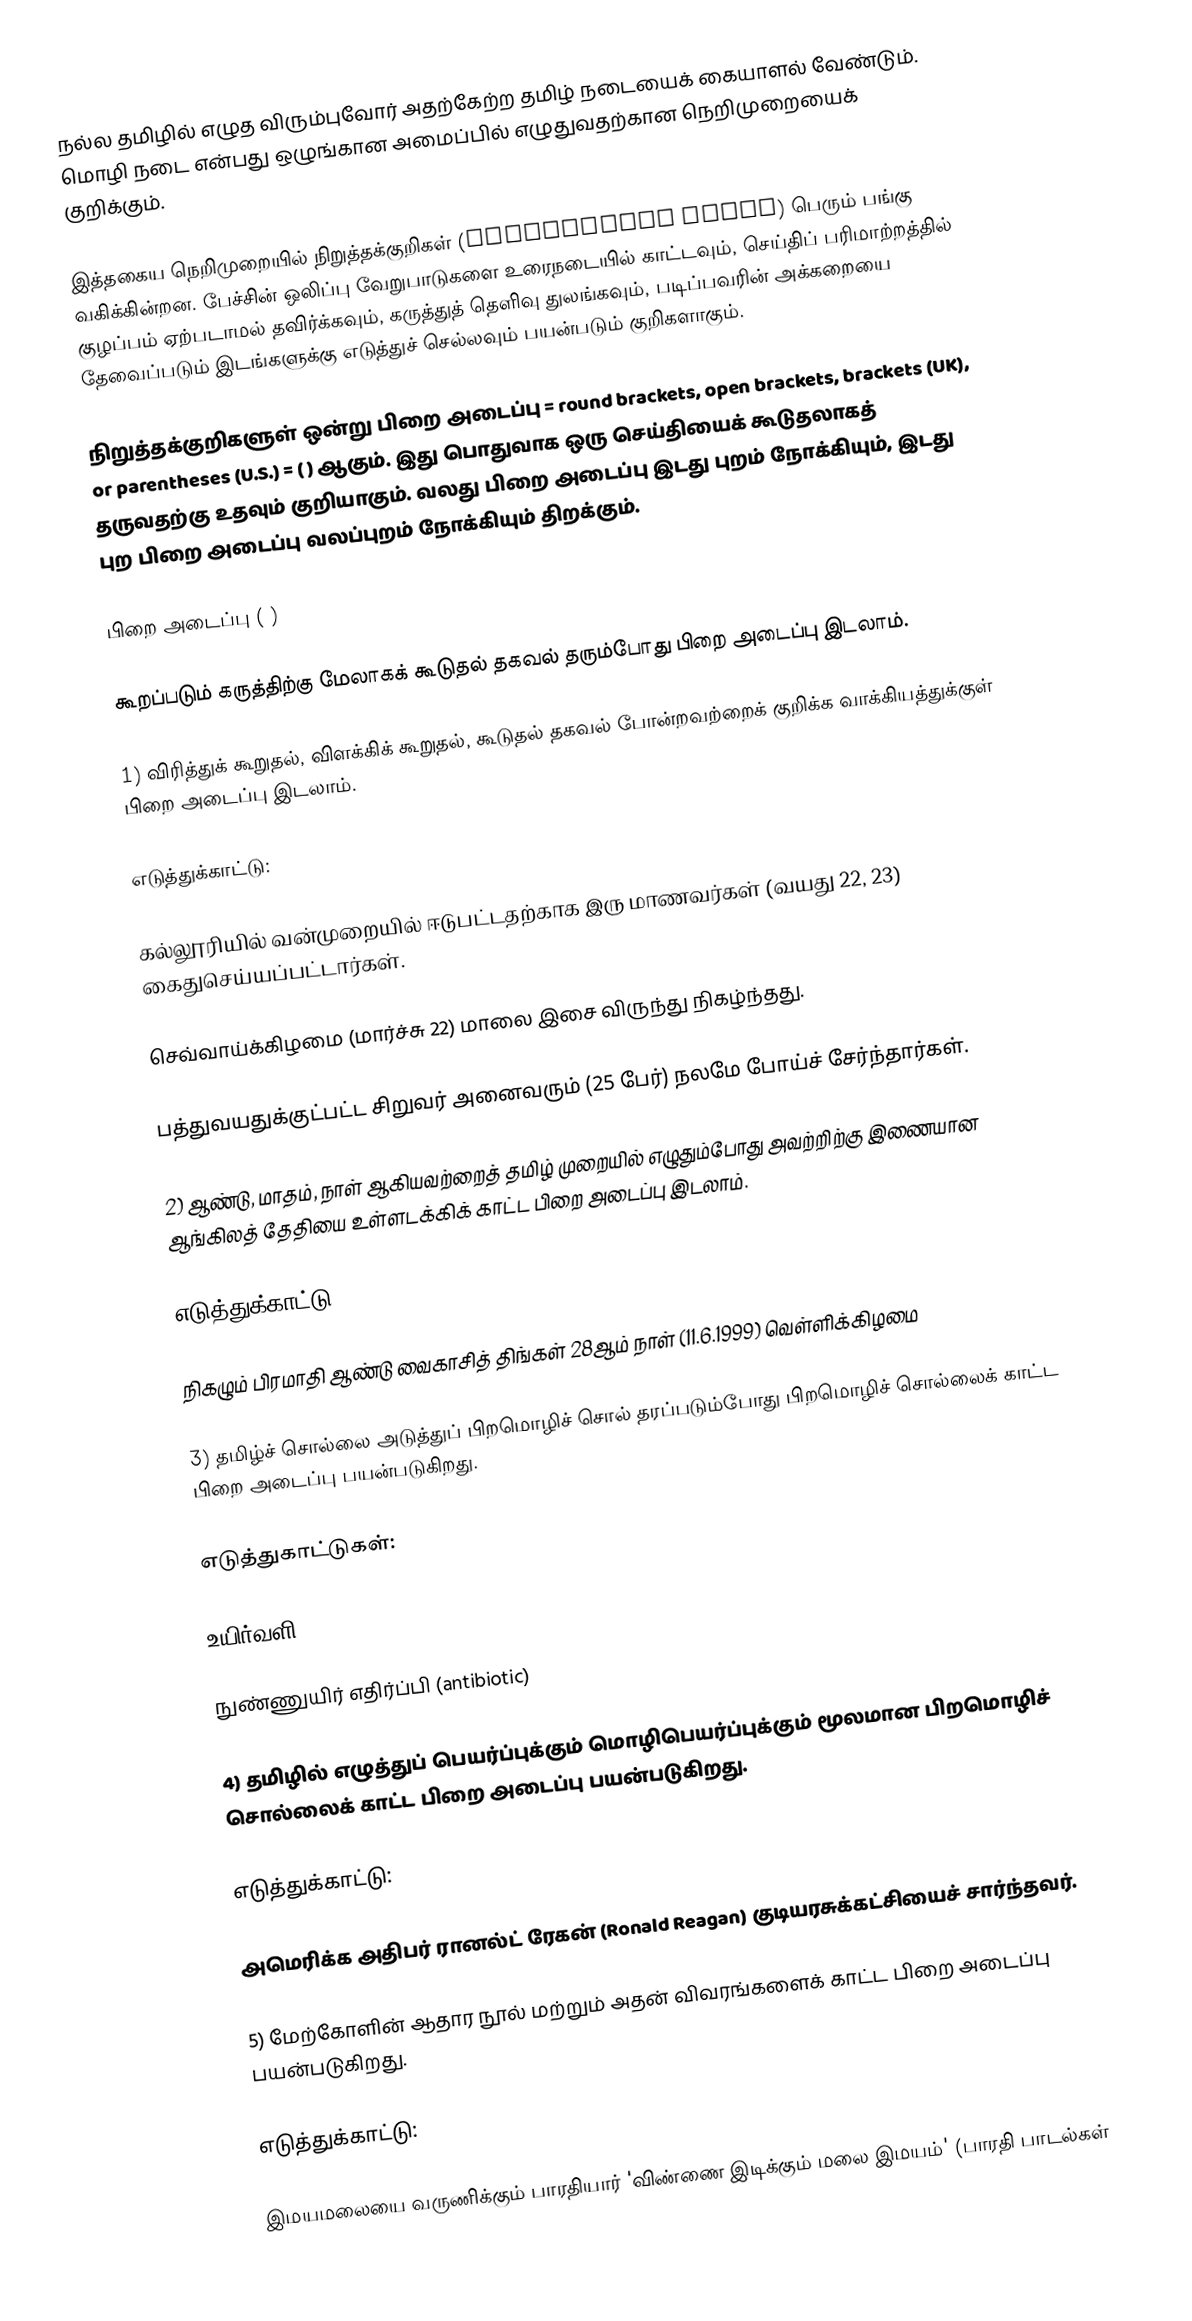
நல்ல தமிழில் எழுத விரும்புவோர் அதற்கேற்ற தமிழ் நடையைக் கையாளல் வேண்டும். மொழி நடை என்பது ஒழுங்கான அமைப்பில் எழுதுவதற்கான நெறிமுறையைக் குறிக்கும்.

இத்தகைய நெறிமுறையில் நிறுத்தக்குறிகள் (punctuation marks) பெரும் பங்கு வகிக்கின்றன. பேச்சின் ஒலிப்பு வேறுபாடுகளை உரைநடையில் காட்டவும், செய்திப் பரிமாற்றத்தில் குழப்பம் ஏற்படாமல் தவிர்க்கவும், கருத்துத் தெளிவு துலங்கவும், படிப்பவரின் அக்கறையை தேவைப்படும் இடங்களுக்கு எடுத்துச் செல்லவும் பயன்படும் குறிகளாகும்.

நிறுத்தக்குறிகளுள் ஒன்று பிறை அடைப்பு = round brackets, open brackets, brackets (UK), or parentheses (U.S.) = ( ) ஆகும். இது பொதுவாக ஒரு செய்தியைக் கூடுதலாகத் தருவதற்கு உதவும் குறியாகும். வலது பிறை அடைப்பு இடது புறம் நோக்கியும், இடது புற பிறை அடைப்பு வலப்புறம் நோக்கியும் திறக்கும்.

பிறை அடைப்பு ( )

கூறப்படும் கருத்திற்கு மேலாகக் கூடுதல் தகவல் தரும்போது பிறை அடைப்பு இடலாம்.

1) விரித்துக் கூறுதல், விளக்கிக் கூறுதல், கூடுதல் தகவல் போன்றவற்றைக் குறிக்க வாக்கியத்துக்குள் பிறை அடைப்பு இடலாம்.

எடுத்துக்காட்டு:

கல்லூரியில் வன்முறையில் ஈடுபட்டதற்காக இரு மாணவர்கள் (வயது 22, 23) கைதுசெய்யப்பட்டார்கள்.

செவ்வாய்க்கிழமை (மார்ச்சு 22) மாலை இசை விருந்து நிகழ்ந்தது.

பத்துவயதுக்குட்பட்ட சிறுவர் அனைவரும் (25 பேர்) நலமே போய்ச் சேர்ந்தார்கள்.

2) ஆண்டு, மாதம், நாள் ஆகியவற்றைத் தமிழ் முறையில் எழுதும்போது அவற்றிற்கு இணையான ஆங்கிலத் தேதியை உள்ளடக்கிக் காட்ட பிறை அடைப்பு இடலாம்.

எடுத்துக்காட்டு:

நிகழும் பிரமாதி ஆண்டு வைகாசித் திங்கள் 28ஆம் நாள் (11.6.1999) வெள்ளிக்கிழமை

3) தமிழ்ச் சொல்லை அடுத்துப் பிறமொழிச் சொல் தரப்படும்போது பிறமொழிச் சொல்லைக் காட்ட பிறை அடைப்பு பயன்படுகிறது.

எடுத்துகாட்டுகள்:

உயிர்வளி (oxygen)

நுண்ணுயிர் எதிர்ப்பி (antibiotic)

4) தமிழில் எழுத்துப் பெயர்ப்புக்கும் மொழிபெயர்ப்புக்கும் மூலமான பிறமொழிச் சொல்லைக் காட்ட பிறை அடைப்பு பயன்படுகிறது.

எடுத்துக்காட்டு:

அமெரிக்க அதிபர் ரானல்ட் ரேகன் (Ronald Reagan) குடியரசுக்கட்சியைச் சார்ந்தவர்.

5) மேற்கோளின் ஆதார நூல் மற்றும் அதன் விவரங்களைக் காட்ட பிறை அடைப்பு பயன்படுகிறது.

எடுத்துக்காட்டு:

இமயமலையை வருணிக்கும் பாரதியார் 'விண்ணை இடிக்கும் மலை இமயம்' (பாரதி பாடல்கள்